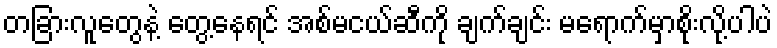
တခြားလူတွေနဲ့ တွေ့နေရင် အစ်မငယ်ဆီကို ချက်ချင်း မရောက်မှာစိုးလို့ပါပဲ